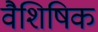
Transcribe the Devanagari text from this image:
वैशिषिक